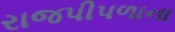
રાજપીપળાના